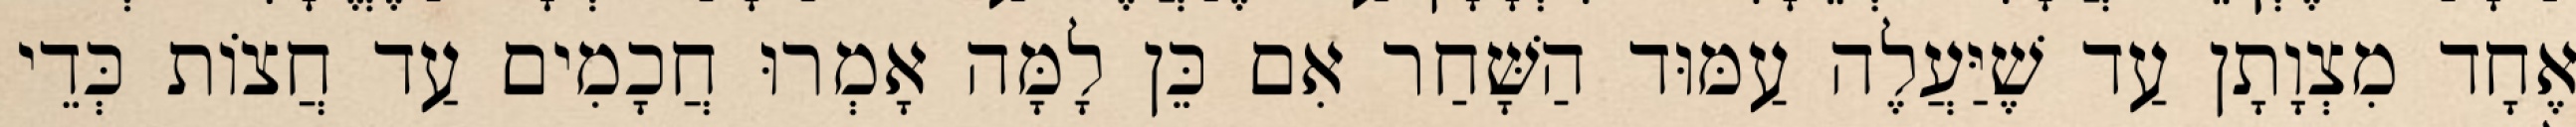
אֶחָד מִצְוָתָן עַד שֶׁיַּעֲלֶה עַמּוּד הַשָּׁחַר אִם כֵּן לָמָּה אָמְרוּ חֲכָמִים עַד חֲצוֹת כְּדֵי